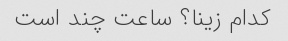
کدام زینا؟ ساعت چند است